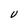
Character: U